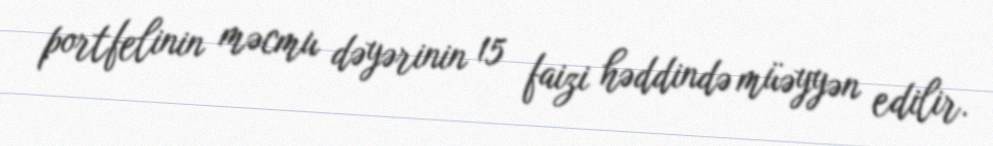
portfelinin məcmu dəyərinin 15 faizi həddində müəyyən edilir.